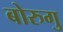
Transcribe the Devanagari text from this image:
बोरुगु